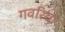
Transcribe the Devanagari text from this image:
गवरिया